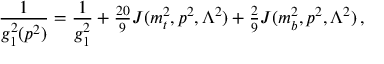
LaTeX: { \frac { 1 } { g _ { 1 } ^ { 2 } ( p ^ { 2 } ) } } = { \frac { 1 } { g _ { 1 } ^ { 2 } } } + { \textstyle { \frac { 2 0 } { 9 } } } { \cal J } ( m _ { t } ^ { 2 } , p ^ { 2 } , \Lambda ^ { 2 } ) + { \textstyle { \frac { 2 } { 9 } } } { \cal J } ( m _ { b } ^ { 2 } , p ^ { 2 } , \Lambda ^ { 2 } ) \, ,